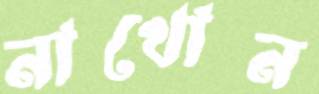
নাখোন